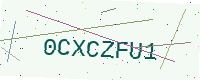
Text: 0CXCZFU1